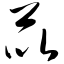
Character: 苡